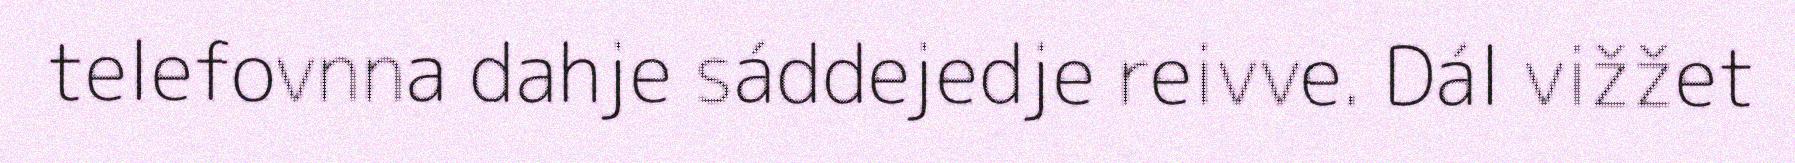
telefovnna dahje sáddejedje reivve. Dál vižžet